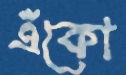
এঁকো